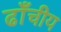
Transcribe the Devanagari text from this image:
ढाँचीय